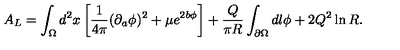
A _ { L } = \int _ { \Omega } d ^ { 2 } x \left[ { \frac { 1 } { 4 \pi } } ( \partial _ { a } \phi ) ^ { 2 } + \mu e ^ { 2 b \phi } \right] + { \frac { Q } { \pi R } } \int _ { \partial \Omega } d l \phi + 2 Q ^ { 2 } \ln { R } .